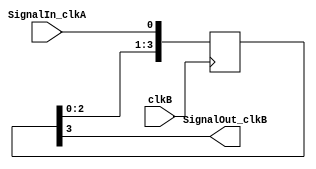
// This program was cloned from: https://github.com/chriz2600/DreamcastHDMI
// License: MIT License

// https://www.fpga4fun.com/CrossClockDomain1.html

module Signal_CrossDomain(
    input SignalIn_clkA,
    input clkB,
    output SignalOut_clkB
);

// We use a four-stages shift-register to synchronize SignalIn_clkA to the clkB clock domain
reg [3:0] SyncA_clkB;
always @(posedge clkB) begin 
    SyncA_clkB[0] <= SignalIn_clkA;
    SyncA_clkB[1] <= SyncA_clkB[0];
    SyncA_clkB[2] <= SyncA_clkB[1];
    SyncA_clkB[3] <= SyncA_clkB[2];
end

assign SignalOut_clkB = SyncA_clkB[3];  // new signal synchronized to (=ready to be used in) clkB domain
endmodule